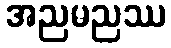
အညမညဿ